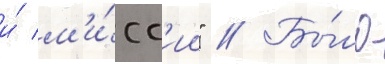
и́ м'и́сс'ии" // Бы́ло